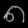
Digit: ၈